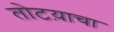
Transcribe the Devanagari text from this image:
तोटय़ाचा